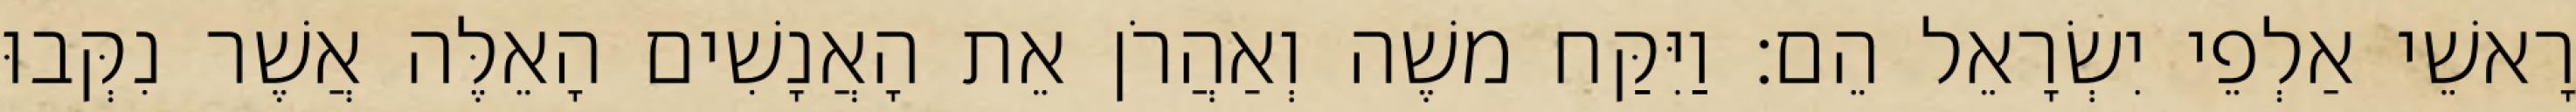
רָאשֵׁי אַלְפֵי יִשְׂרָאֵל הֵם׃ וַיִּקַּח משֶׁה וְאַהֲרֹן אֵת הָאֲנָשִׁים הָאֵלֶּה אֲשֶׁר נִקְּבוּ